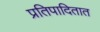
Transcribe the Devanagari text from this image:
प्रतिपादितात